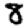
Digit: 3